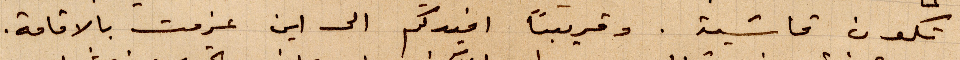
تكون قاسية. وقريبًا افيدكم الى اين عزمت الإقامة